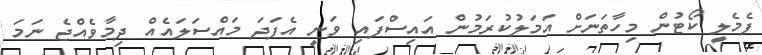
ފެމެލީ ކޯޓުން މިހާތަނަށް އަމަލުކުރަމުން އައިސްފައި ވަނީ އެފަދަ މައްސަލައެއް ދިމާވެއްޖެ ނަމަ